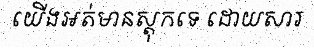
យើងអត់មានស្តុកទេ ដោយសារ